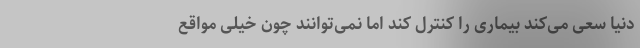
دنیا سعی می‌کند بیماری را کنترل کند اما نمی‌توانند چون خیلی مواقع